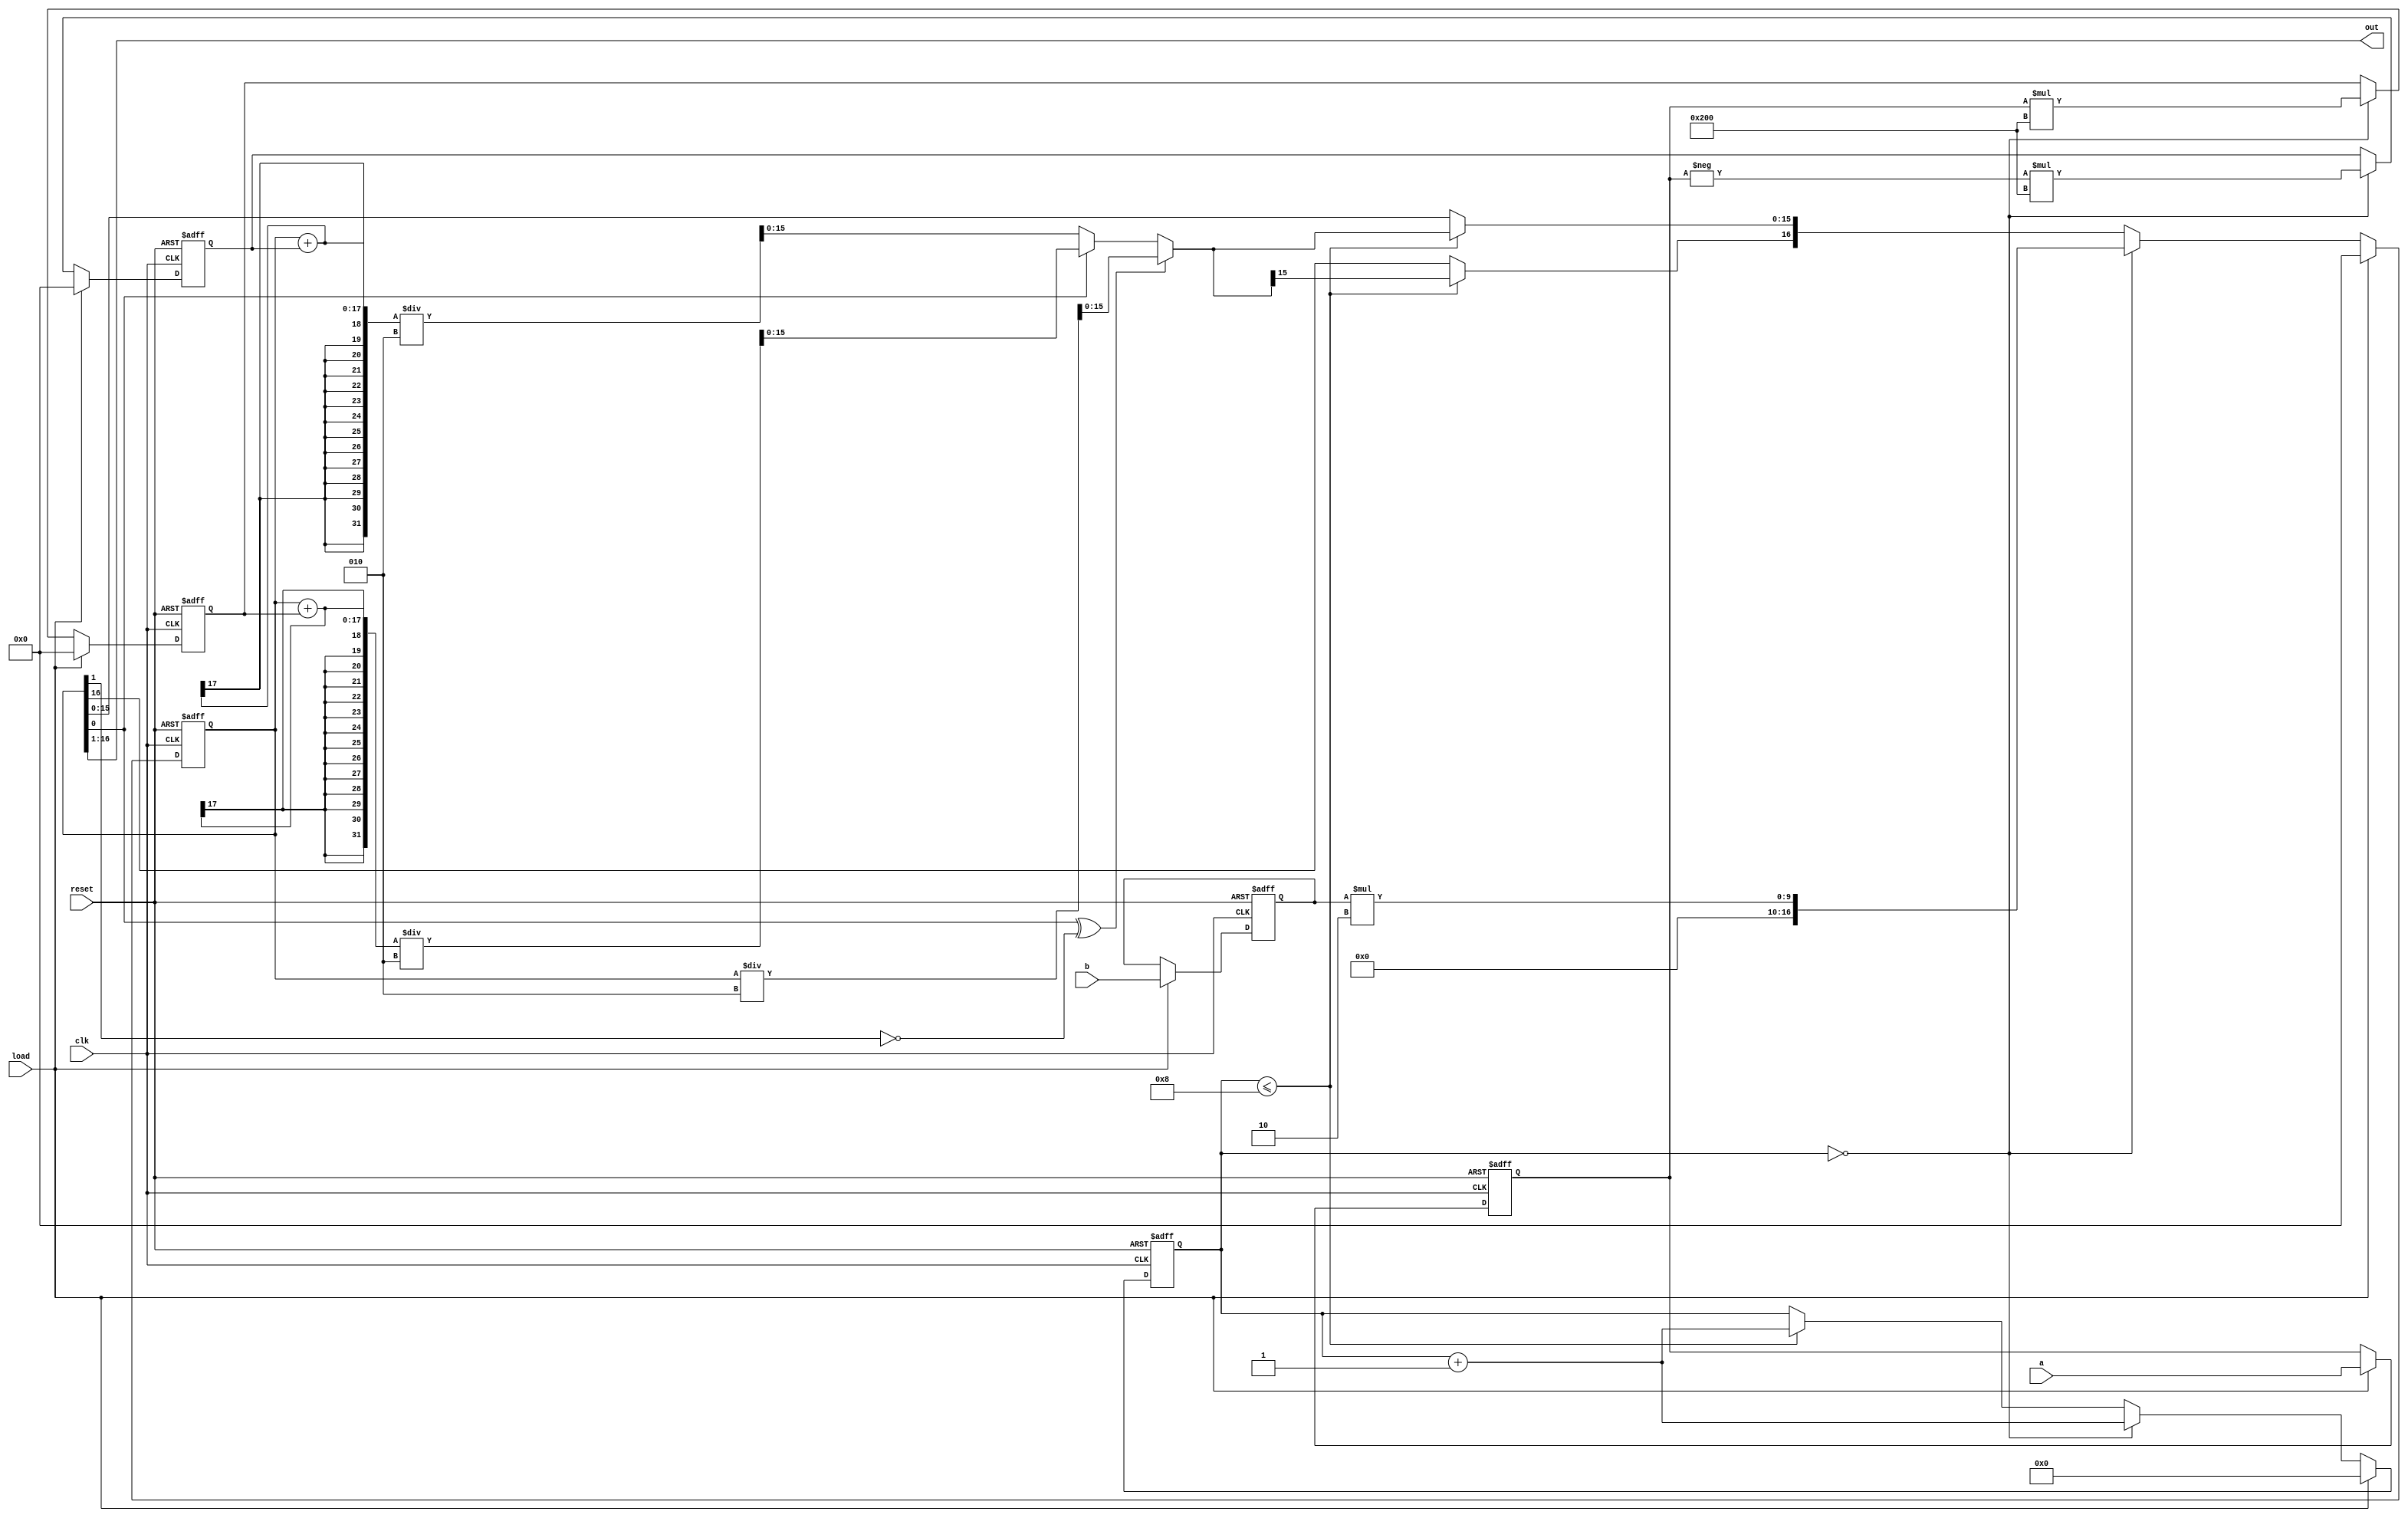
`timescale 1ns / 1ps
//////////////////////////////////////////////////////////////////////////
//
//problem no.:3
//Assignment No:6
//semester:5
//group no.:12
//names of group members:K Sai Santhoshi Niharika, Surkanti Akshitha
//
///////////////////////////////////////////////////////////////////////////

module booth_multiplier(
		input clk,
		input reset,
		input load,
		input [7:0] a,
		input [7:0] b,
		output [15:0] out
    );

	reg signed [16:0] A; 		// +ve multiplicand, 
	reg signed [16:0] S;			//-ve multiplicand
	reg signed [16:0] temp;		//temp product,
	reg [7:0] rpli_a, rpli_b;  //Registers for parallel load of input
	reg [3:0] count; 				//count for number of loop
	
	assign out = temp[16:1];
	
	always @(posedge clk or posedge reset) begin // for posedge of clk and reset
		if(reset==1) begin  								// reset everything to 0
			rpli_a <= 0;
			rpli_b <= 0;
			A <= 0;
			S <= 0;
			temp = 0;
			count = 0;
		end
		else if(load==1) begin 	//load data and reset everything else
			rpli_a <= a;
			rpli_b <= b;
			count = 0;
			A <= 0;
			S <= 0;
			temp = 0;
		end
		else if(count==0) begin // assign values to A, S, temp
			A <= rpli_a*2**9;
			S <= -rpli_a*2**9;
			temp = rpli_b*2;
			count = count + 1;
		end
		else if( count <= 8) begin 	// Run the loop for 8 times
			if(temp[0] ^ temp[1] == 0) // If last two significants are the same
				temp = temp/2;
			else if(temp[0]==1) 			// If last 2 significant numbers is 01
				temp = (temp + A)/2;
			else 								// If last 2 significant numbers is 10
				temp = (temp + S)/2;
			temp[16] = temp[15];
			count = count + 1;
		end
	end
	
endmodule